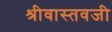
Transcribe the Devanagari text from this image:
श्रीवास्तवजी